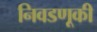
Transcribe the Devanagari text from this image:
निवडणूकी